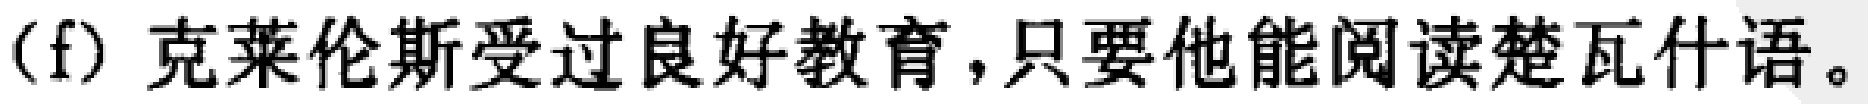
(f) 克莱伦斯受过良好教育,只要他能阅读楚瓦什语。